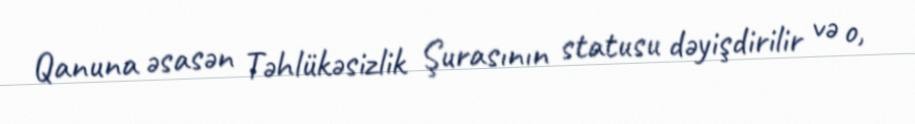
Qanuna əsasən Təhlükəsizlik Şurasının statusu dəyişdirilir və o,